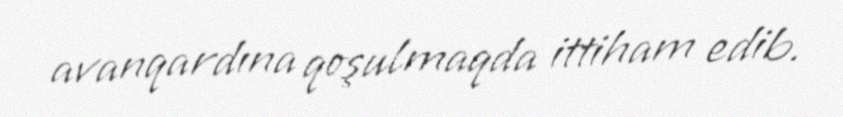
avanqardına qoşulmaqda ittiham edib.